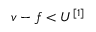
v - f < U ^ { [ 1 ] }